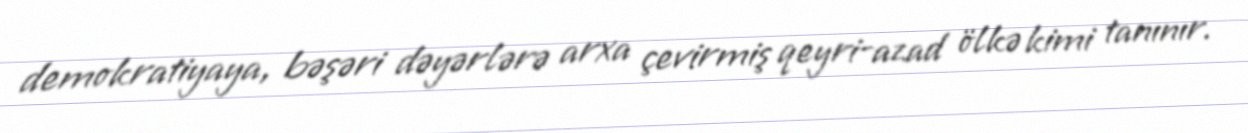
demokratiyaya, bəşəri dəyərlərə arxa çevirmiş qeyri-azad ölkə kimi tanınır.